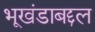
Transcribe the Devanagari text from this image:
भूखंडाबद्दल